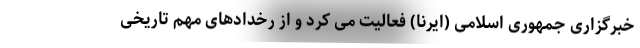
خبرگزاری جمهوری اسلامی (ایرنا) فعالیت می کرد و از رخدادهای مهم تاریخی